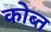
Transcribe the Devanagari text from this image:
कोब्त